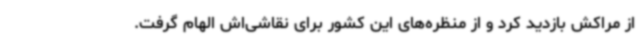
از مراکش بازدید کرد و از منظره‌های این کشور برای نقاشی‌اش الهام گرفت.